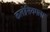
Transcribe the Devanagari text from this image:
कलोसियमला